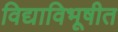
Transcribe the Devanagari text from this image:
विद्याविभूषीत